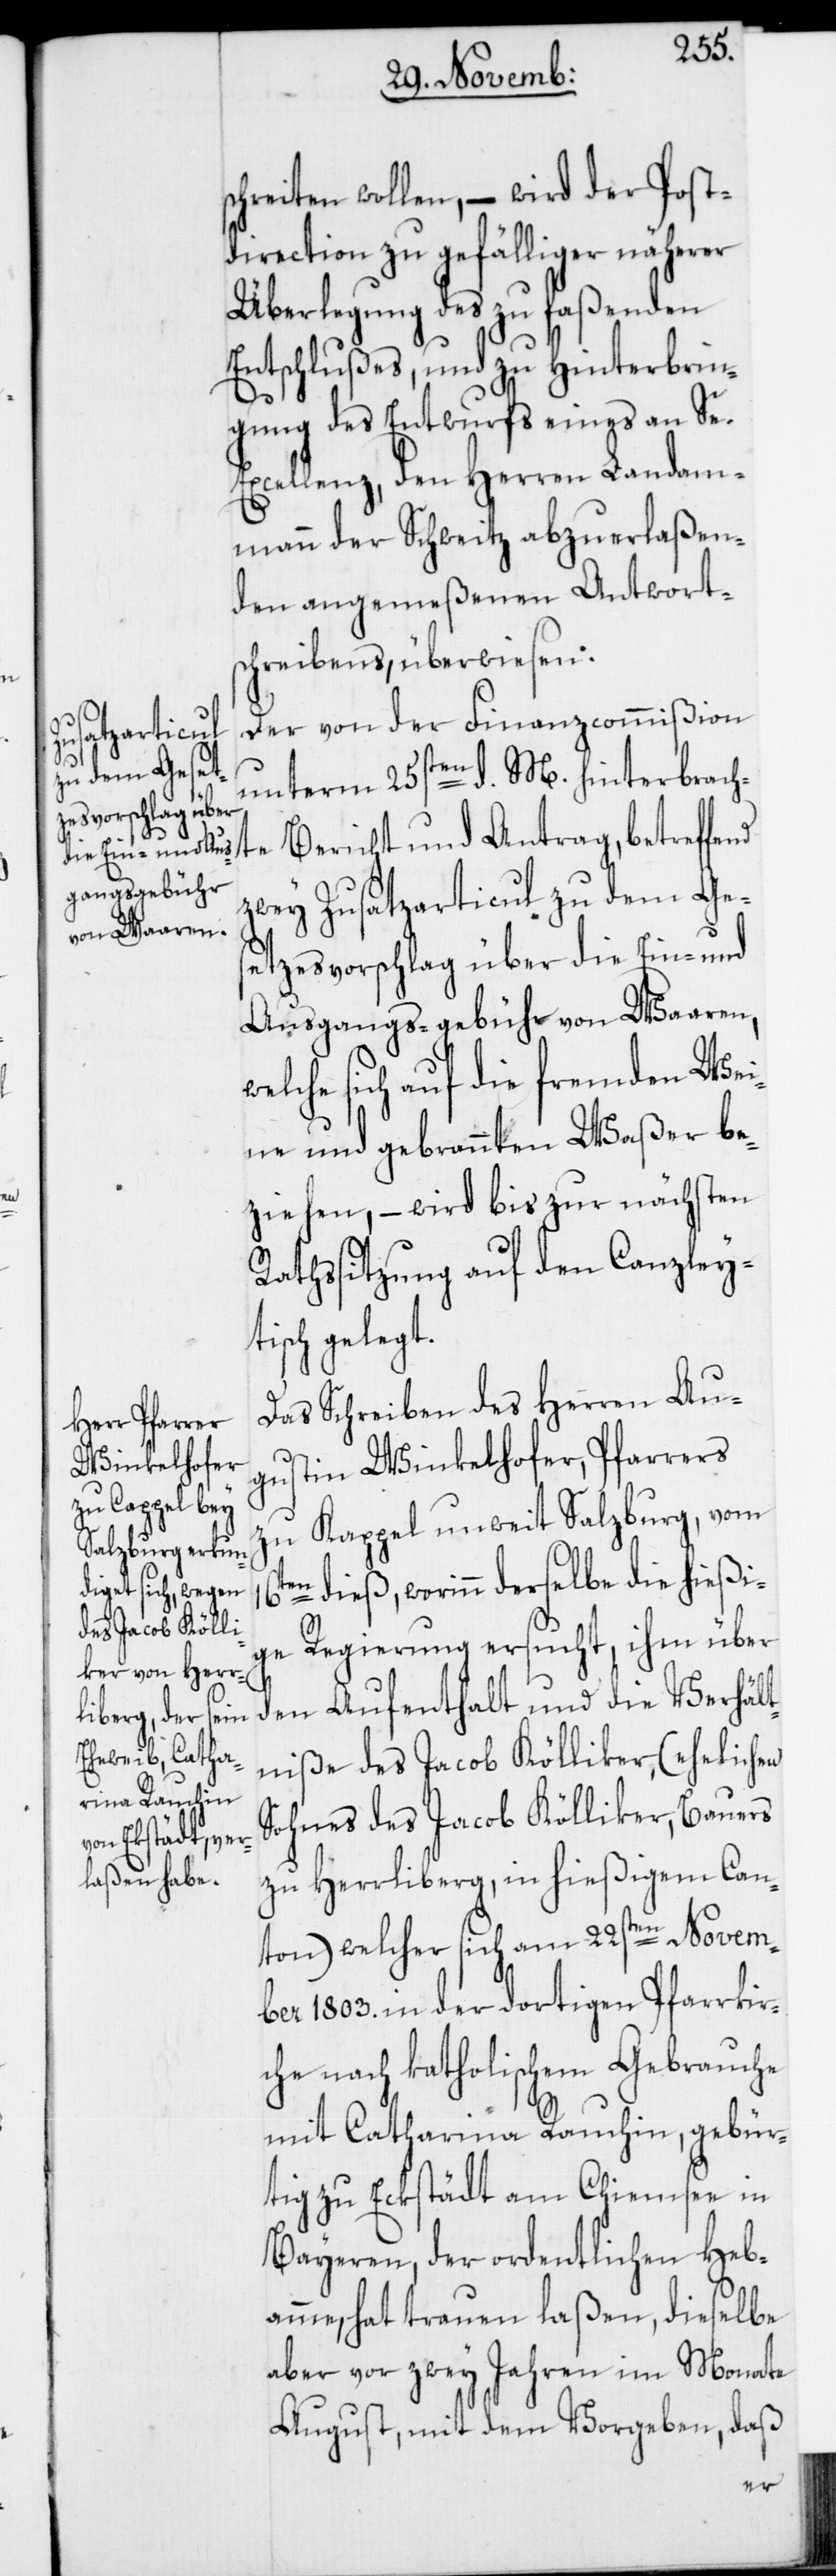
s¬

chreiten wollen, – wird der Post¬
direction zu gefälliger näherer
Überlegung des zu faßenden
Entschlußes, und zu Hinterbrin¬
gung des Entwurfs eines an Se
Excellenz, den Herren Landam¬
mann der Schweitz abzuerlaßen¬
den angemeßenen Antwort¬
schreibens, überwiesen.
Der von der Finanzcommißion
unterm 25sten d. M. hinterbrach¬
te Bericht und Antrag, betreffend
zwey Zusatzarticul zu dem Ge¬
setzesvorschlag über die Ein- und
Ausgangs-gebühr von Waaren,
welche sich auf die fremden Wei¬
ne und gebrannten Waßer be¬
ziehen, – wird bis zur nächsten
Rathssitzung auf den Canzley¬
tisch gelegt.
Das Schreiben des Herren Au¬
gustin Winkelhofer, Pfarrers
zu Kappel unweit Salzburg, vom
dieß, worinn derselbe die hießi¬
ge Regierung ersucht, ihm über
den Aufenthalt und die Verhält¬
niße des Jacob Kölliker, (ehelichen
Sohnes des Jacob Kölliker, Bauers
zu Herrliberg, in hießigem Can¬
ton) welcher sich am 22sten Novem¬
ber 1803. in der dortigen Pfarrkir¬
che nach katholischem Gebrauche
mit Catharina Rauchin, gebür¬
tig zu Eckstädt am Chiemsee in
Bayeren, der ordentlichen Heb¬
amme, hat trauen laßen, dieselbe
aber vor zwey Jahren im Monate
August, mit dem Vorgeben, daß